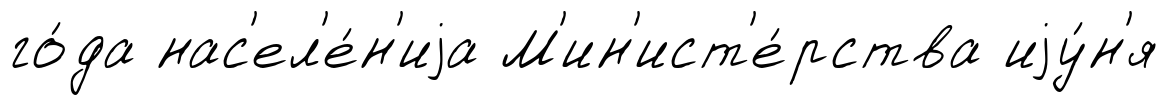
го́да нас'ел'е́н'иjа М'ин'ист'е́рства иjу́н'я